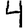
Digit: 4